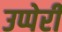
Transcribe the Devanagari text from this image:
उप्पेरी